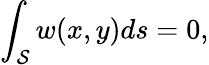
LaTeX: \int_{\cal S}w(x,y)ds=0,